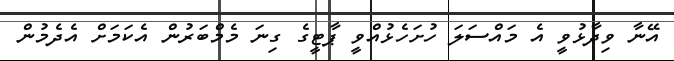
އޭނާ ވިދާޅުވީ އެ މައްސަލަ ހުށަހެޅުއްވީ ޕާޓީގެ ގިނަ މެމްބަރުން އެކަމަށް އެދެމުން